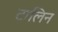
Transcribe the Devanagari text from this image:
टालिन